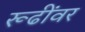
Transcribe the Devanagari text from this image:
रूढींवर